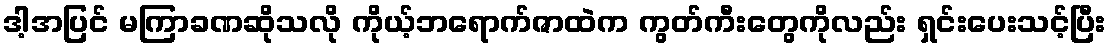
ဒါ့အပြင် မကြာခဏဆိုသလို ကိုယ့်ဘရောက်ဇာထဲက ကွတ်ကီးတွေကိုလည်း ရှင်းပေးသင့်ပြီး